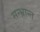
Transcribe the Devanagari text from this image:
सन्भ्रान्त